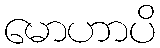
မောဟာပိ